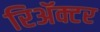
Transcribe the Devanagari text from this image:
रिॲक्टर